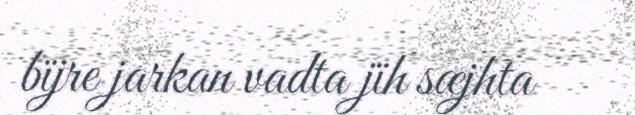
bïjre jarkan vadta jïh sæjhta